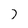
Character: 7